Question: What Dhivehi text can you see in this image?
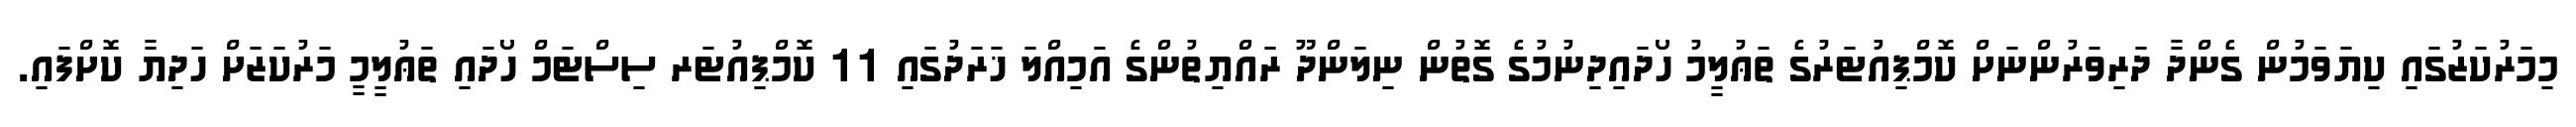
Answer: މިމަރުކަޒުގައި ކިޔަވަމުން ގެންދާ ދަރިވަރުންނަށް ކޮމްޕިއުޓަރުގެ ތަޢުލީމު ހޯދައިދިނުމުގެ ގޮތުން ނިލަންދޫ ރައްޔިތުންގެ އަމިއްލަ ޚަރަދުގައި 11 ކޮމްޕިއުޓަރ ސިސްޓަމް ހޯދައި ތަޢުލީމީ މަރުކަޒަށް ހަދިޔާ ކޮށްފައި.